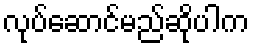
လုပ်ဆောင်မည်ဆိုပါက